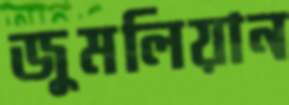
জুমলিয়ান